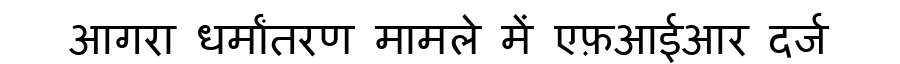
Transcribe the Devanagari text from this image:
आगरा धर्मांतरण मामले में एफ़आईआर दर्ज